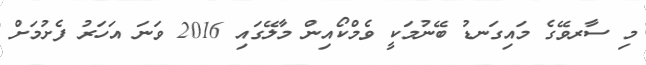
މި ސާރވޭގެ މައިގަނޑު ބޭނުމަކީ ވެމްކޯއިން މާލޭގައި 2016 ވަނަ އަހަރު ފެށުމަށް